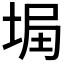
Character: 𡌞